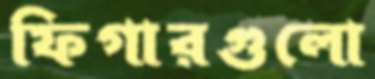
ফিগারগুলো